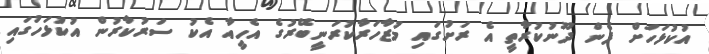
އުކުޅަހަށް ފެން ދޫނުކުރާތީ އެ ރަށުގައި މުޒާހަރާކުރަނީބޭރުގެ އެހީއާ އެކު ސަރުކާރުން އުކުޅަހުގައި